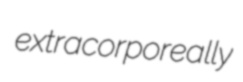
extracorporeally